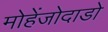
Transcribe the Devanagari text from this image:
मोहेंजोदाडो